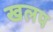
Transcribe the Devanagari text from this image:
खलप